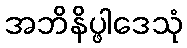
အဘိနိပ္ဖါဒေသုံ